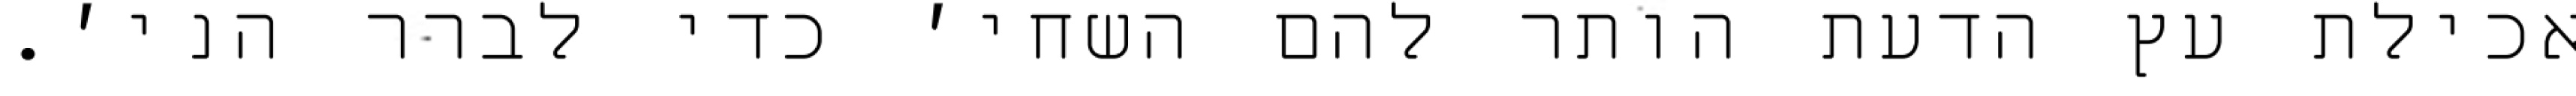
אכילת עץ הדעת הותר להם השחי׳ כדי לברר הני׳.